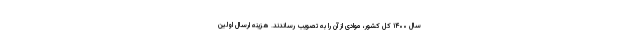
سال ۱۴۰۰ کل کشور، موادی از آن را به تصویب رساندند. هزینه ارسال اولین